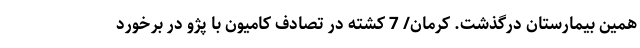
همین بیمارستان درگذشت. کرمان/ 7 کشته در تصادف کامیون با پژو در برخورد